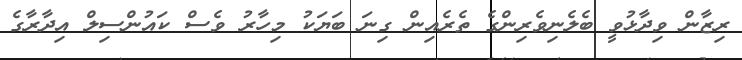
ރިޒާން ވިދާޅުވީ ބެލެނިވެރިންގެ ތެރެއިން ގިނަ ބަޔަކު މިހާރު ވެސް ކައުންސިލް އިދާރާގެ